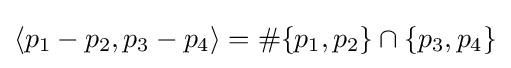
\langle p_{1}-p_{2},p_{3}-p_{4}\rangle =\#\{p_{1},p_{2}\}\cap \{p_{3},p_{4}\}